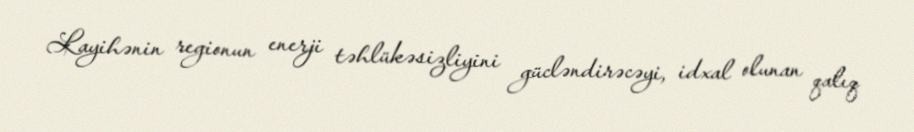
Layihənin regionun enerji təhlükəsizliyini gücləndirəcəyi, idxal olunan qalıq